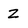
Character: z